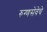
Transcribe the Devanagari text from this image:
रुग्णसेवेचे